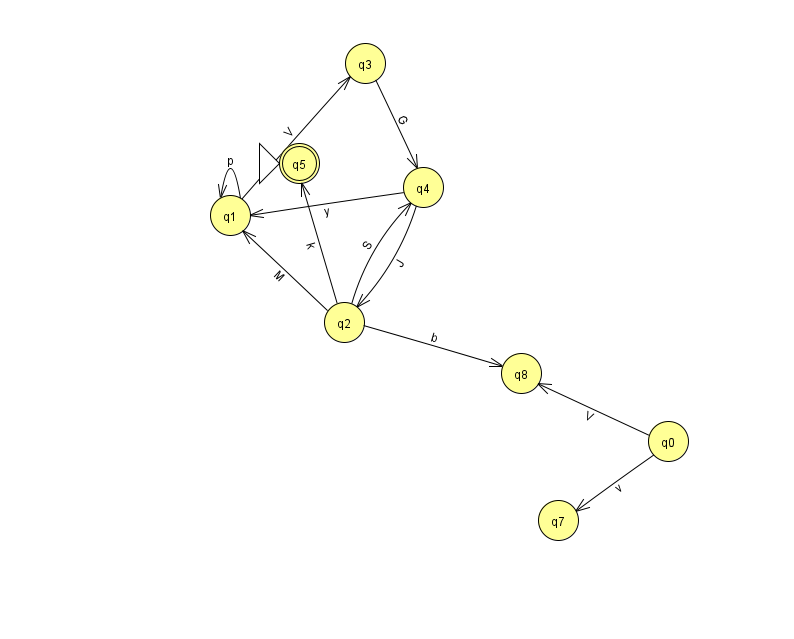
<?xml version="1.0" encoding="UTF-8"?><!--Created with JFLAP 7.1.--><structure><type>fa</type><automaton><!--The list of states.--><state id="0" name="q0"><x>668.0</x><y>428.0</y></state><state id="1" name="q1"><x>230.0</x><y>202.0</y></state><state id="2" name="q2"><x>344.0</x><y>309.0</y></state><state id="3" name="q3"><x>365.0</x><y>50.0</y></state><state id="4" name="q4"><x>423.0</x><y>174.0</y></state><state id="5" name="q5"><x>299.0</x><y>150.0</y><initial/><final/></state><state id="7" name="q7"><x>558.0</x><y>507.0</y></state><state id="8" name="q8"><x>521.0</x><y>360.0</y></state><!--The list of transitions.--><transition><from>1</from><to>1</to><read>p</read></transition><transition><from>4</from><to>1</to><read>y</read></transition><transition><from>2</from><to>5</to><read>k</read></transition><transition><from>1</from><to>3</to><read>V</read></transition><transition><from>2</from><to>8</to><read>b</read></transition><transition><from>4</from><to>2</to><read>J</read></transition><transition><from>2</from><to>1</to><read>M</read></transition><transition><from>0</from><to>7</to><read>v</read></transition><transition><from>0</from><to>8</to><read>V</read></transition><transition><from>3</from><to>4</to><read>G</read></transition><transition><from>2</from><to>4</to><read>S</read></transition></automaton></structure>